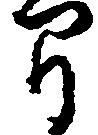
間